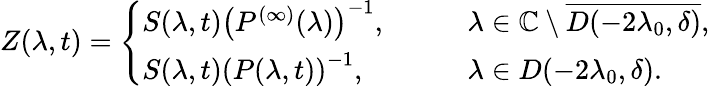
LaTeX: Z(\lambda,t)=\left\{ \begin{array}{ll}{S(\lambda,t)\left(P^{(\infty)}(\lambda)\right)^{-1},}&{\qquad\lambda\in\mathbb{C}\setminus\overline{{D(-2\lambda_{0},\delta)}},}\\ {S(\lambda,t)\left(P(\lambda,t)\right)^{-1},}&{\qquad\lambda\in D(-2\lambda_{0},\delta).}\end{array}\right.